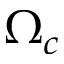
\Omega _ { c }